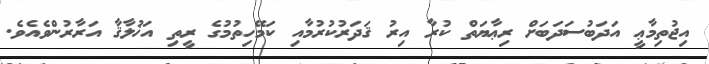
އިޖުތިމާޢީ އަދަބުސަދަބަށް ރިޢާޔަތް ކުރާ އިރު ޤަދަރުކުރުމާއި ކަމޭހިތުމުގެ ރީތި އަޚުލާޤާ އަރާރުންވެއެވެ.